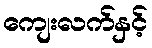
ကျေးလက်နှင့်